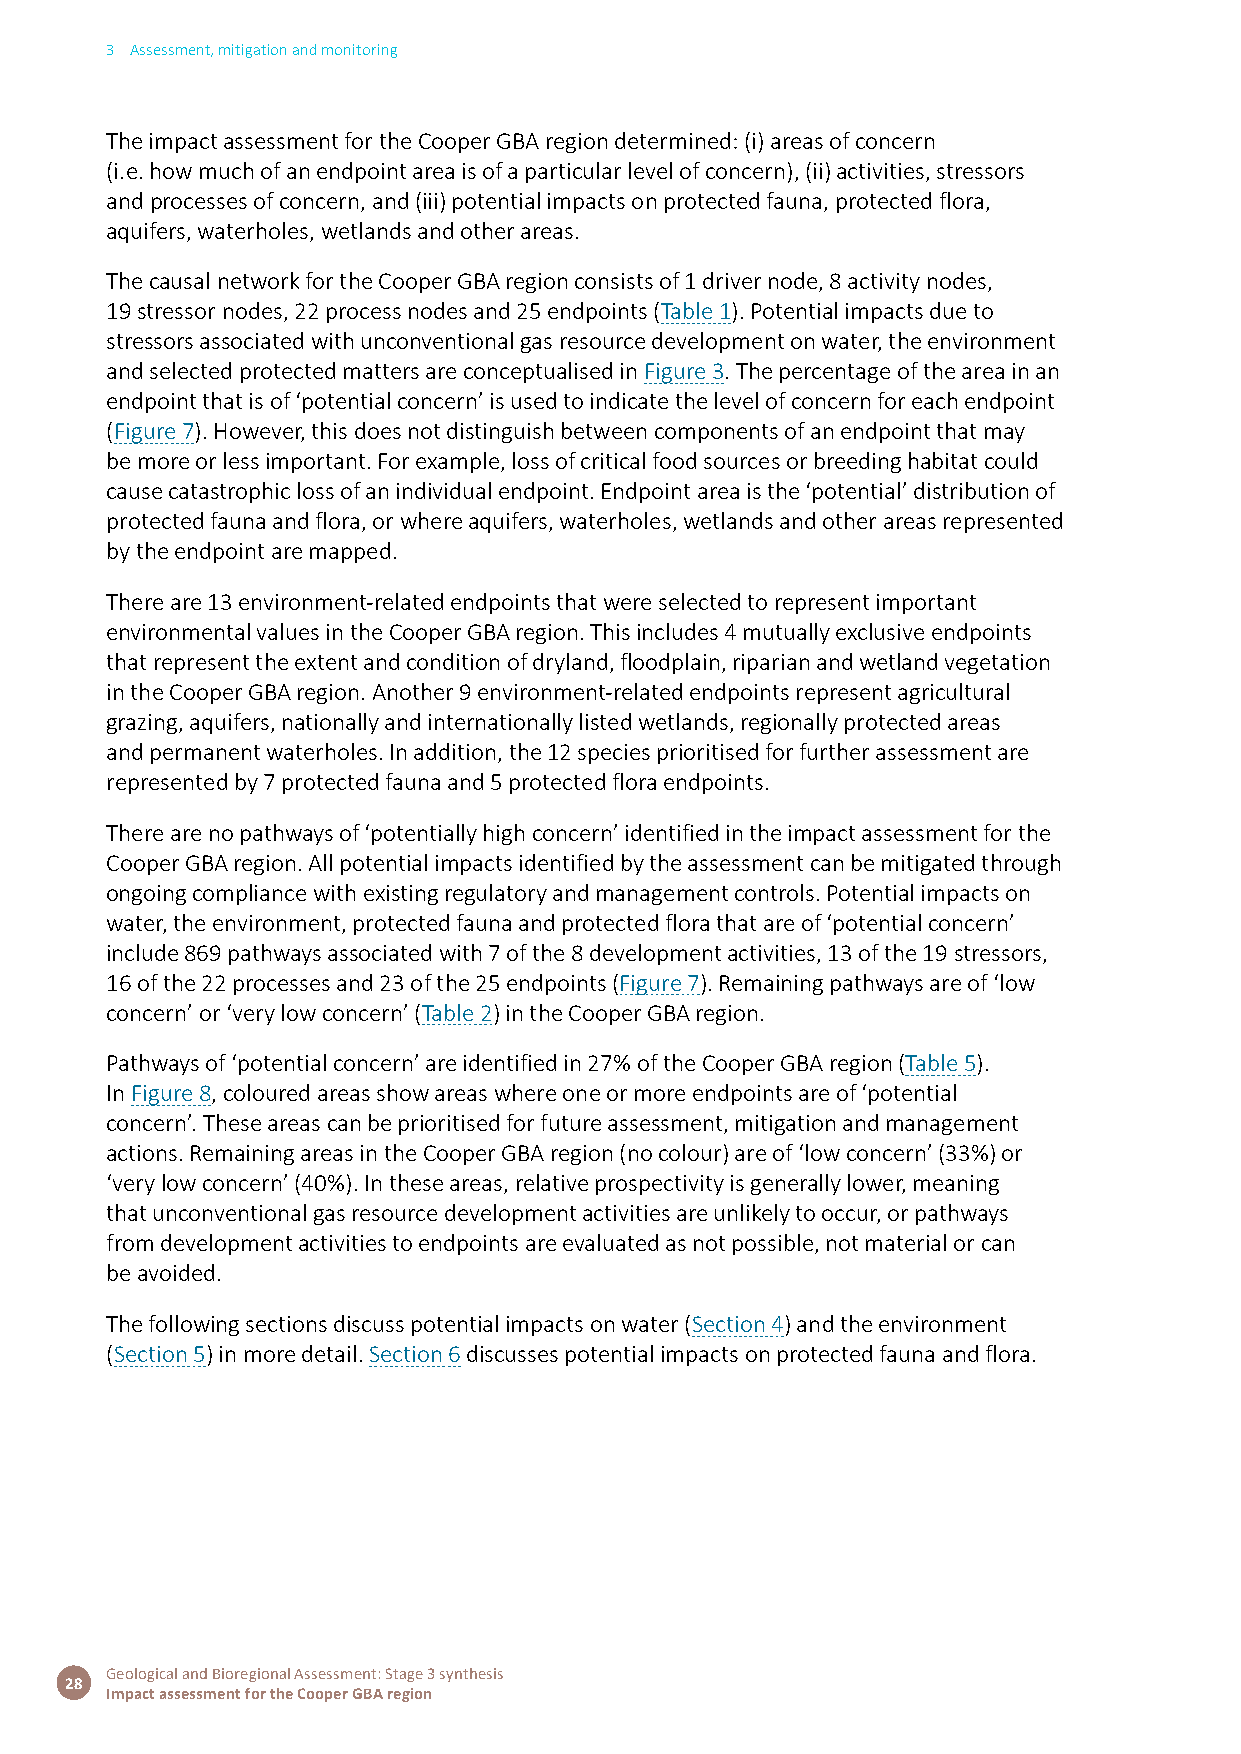
3 Assessment, mitigation and monitoring
 The impact assessment for the Cooper GBA region determined: (i) areas of concern
 (i.e. how much of an endpoint area is of a particular level of concern), (ii) activities, stressors
 and processes of concern, and (iii) potential impacts on protected fauna, protected flora,
 aquifers, waterholes, wetlands and other areas.
 The causal network for the Cooper GBA region consists of 1 driver node, 8 activity nodes,
 19 stressor nodes, 22 process nodes and 25 endpoints (Table 1). Potential impacts due to
 stressors associated with unconventional gas resource development on water, the environment
 and selected protected matters are conceptualised in Figure 3. The percentage of the area in an
 endpoint that is of ‘potential concern’ is used to indicate the level of concern for each endpoint
 (Figure 7). However, this does not distinguish between components of an endpoint that may
 be more or less important. For example, loss of critical food sources or breeding habitat could
 cause catastrophic loss of an individual endpoint. Endpoint area is the ‘potential’ distribution of
 protected fauna and flora, or where aquifers, waterholes, wetlands and other areas represented
 by the endpoint are mapped.
 There are 13 environment-related endpoints that were selected to represent important
 environmental values in the Cooper GBA region. This includes 4 mutually exclusive endpoints
 that represent the extent and condition of dryland, floodplain, riparian and wetland vegetation
 in the Cooper GBA region. Another 9 environment-related endpoints represent agricultural
 grazing, aquifers, nationally and internationally listed wetlands, regionally protected areas
 and permanent waterholes. In addition, the 12 species prioritised for further assessment are
 represented by 7 protected fauna and 5 protected flora endpoints.
 There are no pathways of ‘potentially high concern’ identified in the impact assessment for the
 Cooper GBA region. All potential impacts identified by the assessment can be mitigated through
 ongoing compliance with existing regulatory and management controls. Potential impacts on
 water, the environment, protected fauna and protected flora that are of ‘potential concern’
 include 869 pathways associated with 7 of the 8 development activities, 13 of the 19 stressors,
 16 of the 22 processes and 23 of the 25 endpoints (Figure 7). Remaining pathways are of ‘low
 concern’ or ‘very low concern’ (Table 2) in the Cooper GBA region.
 Pathways of ‘potential concern’ are identified in 27% of the Cooper GBA region (Table 5).
 In Figure 8, coloured areas show areas where one or more endpoints are of ‘potential
 concern’. These areas can be prioritised for future assessment, mitigation and management
 actions. Remaining areas in the Cooper GBA region (no colour) are of ‘low concern’ (33%) or
 ‘very low concern’ (40%). In these areas, relative prospectivity is generally lower, meaning
 that unconventional gas resource development activities are unlikely to occur, or pathways
 from development activities to endpoints are evaluated as not possible, not material or can
 be avoided.
 The following sections discuss potential impacts on water (Section 4) and the environment
 (Section 5) in more detail. Section 6 discusses potential impacts on protected fauna and flora.
 Geological and Bioregional Assessment: Stage 3 synthesis
 28
 Impact assessment for the Cooper GBA region